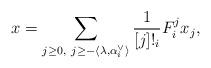
LaTeX: \begin{align*}x = \sum_{j \geq 0, \ j \geq -\langle \lambda, \alpha_i^\vee \rangle} \frac{1}{[j]!_i}F_i^j x_j,\end{align*}